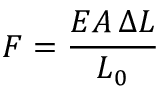
F = { \frac { E A \, \Delta L } { L _ { 0 } } }